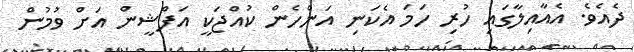
ދެއެވެ. އެއާއިލާގައި ހުރި ހަމަ އެކަނި އަންހެން ކުއްޖަކީ އަފްޝީން އަށް ވުމުން